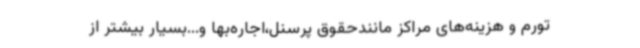
تورم و هزینه‌های مراکز مانندحقوق پرسنل،اجاره‌بها و...بسیار بیشتر از